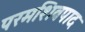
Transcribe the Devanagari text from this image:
परमशिवपाद